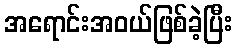
အရောင်းအဝယ်ဖြစ်ခဲ့ပြီး